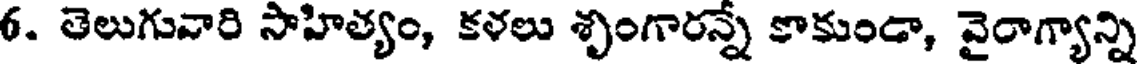
6. తెలుగువారి సాహిత్యం, కళలు శృంగారన్నే కాకుండా, వైరాగ్యాన్ని